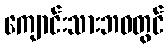
ကျောင်းသားဘဝတွင်